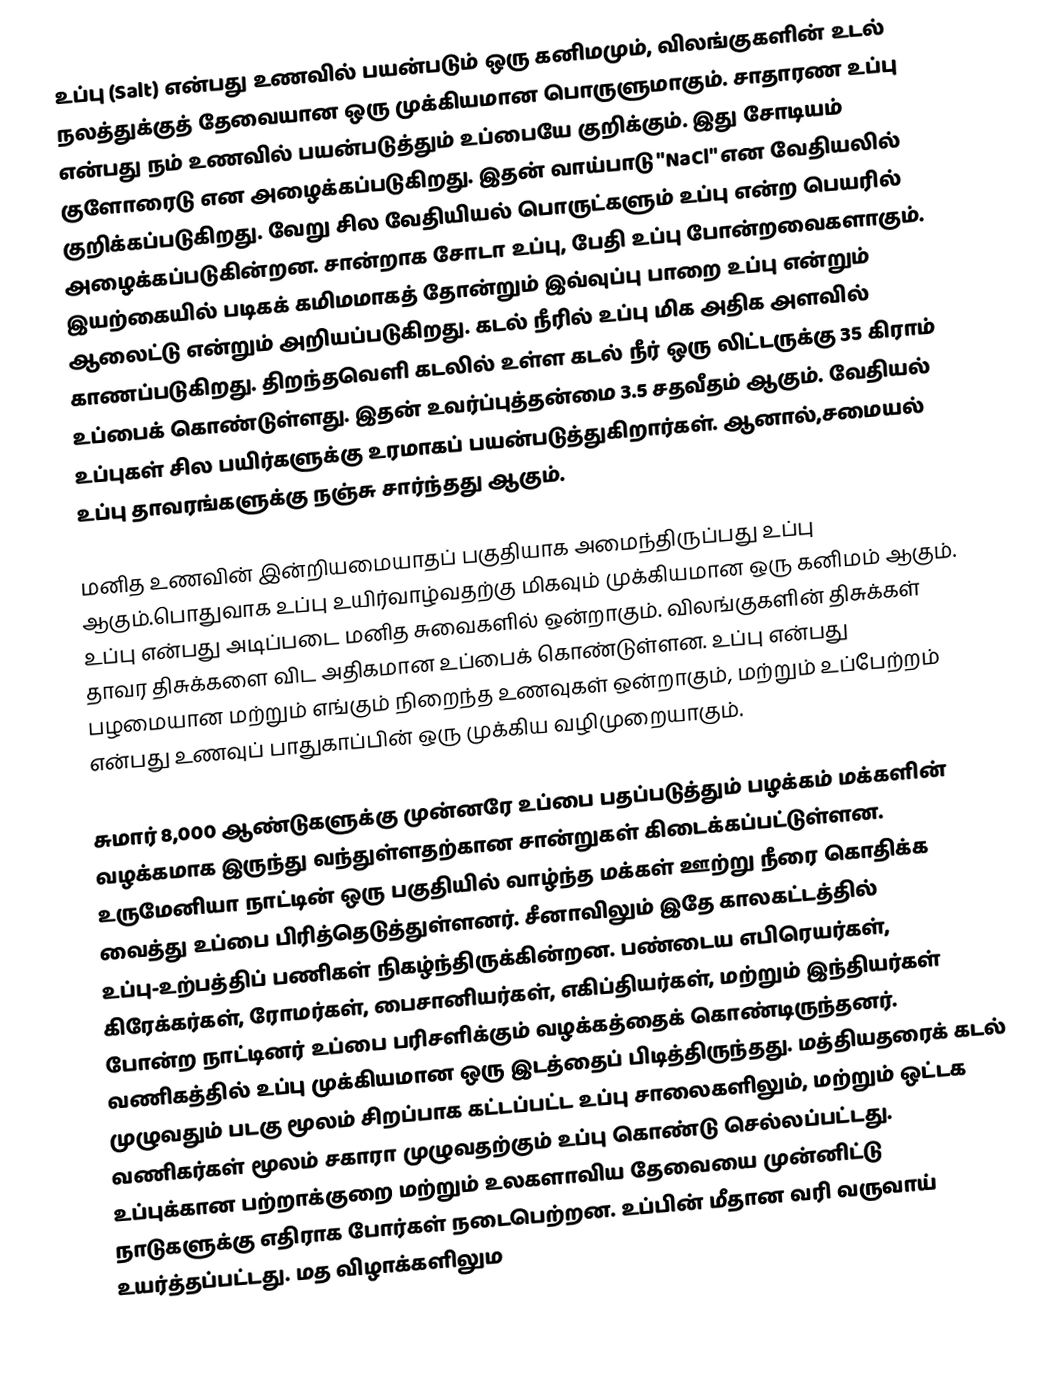
உப்பு (Salt) என்பது உணவில் பயன்படும் ஒரு கனிமமும், விலங்குகளின் உடல் நலத்துக்குத் தேவையான ஒரு முக்கியமான பொருளுமாகும். சாதாரண உப்பு என்பது நம் உணவில் பயன்படுத்தும் உப்பையே குறிக்கும். இது சோடியம் குளோரைடு என அழைக்கப்படுகிறது. இதன் வாய்பாடு "NaCl" என வேதியலில் குறிக்கப்படுகிறது. வேறு சில வேதியியல் பொருட்களும் உப்பு என்ற பெயரில் அழைக்கப்படுகின்றன. சான்றாக சோடா உப்பு, பேதி உப்பு போன்றவைகளாகும். இயற்கையில் படிகக் கமிமமாகத் தோன்றும் இவ்வுப்பு பாறை உப்பு என்றும் ஆலைட்டு என்றும் அறியப்படுகிறது. கடல் நீரில் உப்பு மிக அதிக அளவில் காணப்படுகிறது. திறந்தவெளி கடலில் உள்ள கடல் நீர் ஒரு லிட்டருக்கு 35 கிராம் உப்பைக் கொண்டுள்ளது. இதன் உவர்ப்புத்தன்மை 3.5 சதவீதம் ஆகும். வேதியல் உப்புகள் சில பயிர்களுக்கு உரமாகப் பயன்படுத்துகிறார்கள். ஆனால்,சமையல் உப்பு தாவரங்களுக்கு நஞ்சு சார்ந்தது ஆகும்.

மனித உணவின் இன்றியமையாதப் பகுதியாக அமைந்திருப்பது உப்பு ஆகும்.பொதுவாக உப்பு உயிர்வாழ்வதற்கு மிகவும் முக்கியமான ஒரு கனிமம் ஆகும். உப்பு என்பது அடிப்படை மனித சுவைகளில் ஒன்றாகும். விலங்குகளின் திசுக்கள் தாவர திசுக்களை விட அதிகமான உப்பைக் கொண்டுள்ளன. உப்பு என்பது பழமையான மற்றும் எங்கும் நிறைந்த உணவுகள் ஒன்றாகும், மற்றும் உப்பேற்றம்  என்பது உணவுப் பாதுகாப்பின் ஒரு முக்கிய வழிமுறையாகும்.

சுமார் 8,000 ஆண்டுகளுக்கு முன்னரே உப்பை பதப்படுத்தும் பழக்கம் மக்களின் வழக்கமாக இருந்து வந்துள்ளதற்கான சான்றுகள் கிடைக்கப்பட்டுள்ளன. உருமேனியா நாட்டின் ஒரு பகுதியில் வாழ்ந்த மக்கள் ஊற்று நீரை கொதிக்க வைத்து உப்பை பிரித்தெடுத்துள்ளனர். சீனாவிலும் இதே காலகட்டத்தில் உப்பு-உற்பத்திப் பணிகள் நிகழ்ந்திருக்கின்றன. பண்டைய எபிரெயர்கள், கிரேக்கர்கள், ரோமர்கள், பைசானியர்கள், எகிப்தியர்கள், மற்றும் இந்தியர்கள் போன்ற நாட்டினர் உப்பை பரிசளிக்கும் வழக்கத்தைக் கொண்டிருந்தனர். வணிகத்தில் உப்பு முக்கியமான ஒரு இடத்தைப் பிடித்திருந்தது. மத்தியதரைக் கடல் முழுவதும் படகு மூலம் சிறப்பாக கட்டப்பட்ட உப்பு சாலைகளிலும், மற்றும் ஒட்டக வணிகர்கள் மூலம் சகாரா முழுவதற்கும் உப்பு கொண்டு செல்லப்பட்டது. உப்புக்கான பற்றாக்குறை மற்றும் உலகளாவிய தேவையை முன்னிட்டு நாடுகளுக்கு எதிராக போர்கள் நடைபெற்றன. உப்பின் மீதான வரி வருவாய் உயர்த்தப்பட்டது. மத விழாக்களிலும